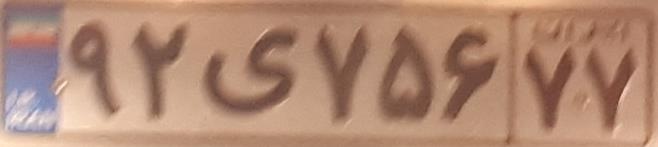
۹۲ی۷۵۶۷۷